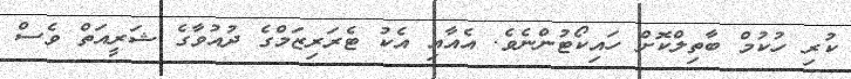
ކުރި ހުކުމް ބާތިލްކޮށް ހައިކޯޓުންނެވެ. އެއާއި އެކު ޓެރަރިޒަމްގެ ދުއުވާގެ ޝަރީއަތް ވެސް